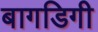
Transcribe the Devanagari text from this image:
बागडिगी